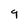
Character: 9